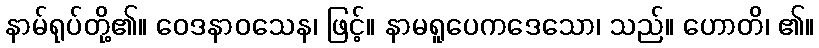
နာမ်ရုပ်တို့၏။ ဝေဒနာဝသေန၊ ဖြင့်။ နာမရူပေကဒေသော၊ သည်။ ဟောတိ၊ ၏။